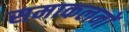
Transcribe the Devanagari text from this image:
समाकलनों